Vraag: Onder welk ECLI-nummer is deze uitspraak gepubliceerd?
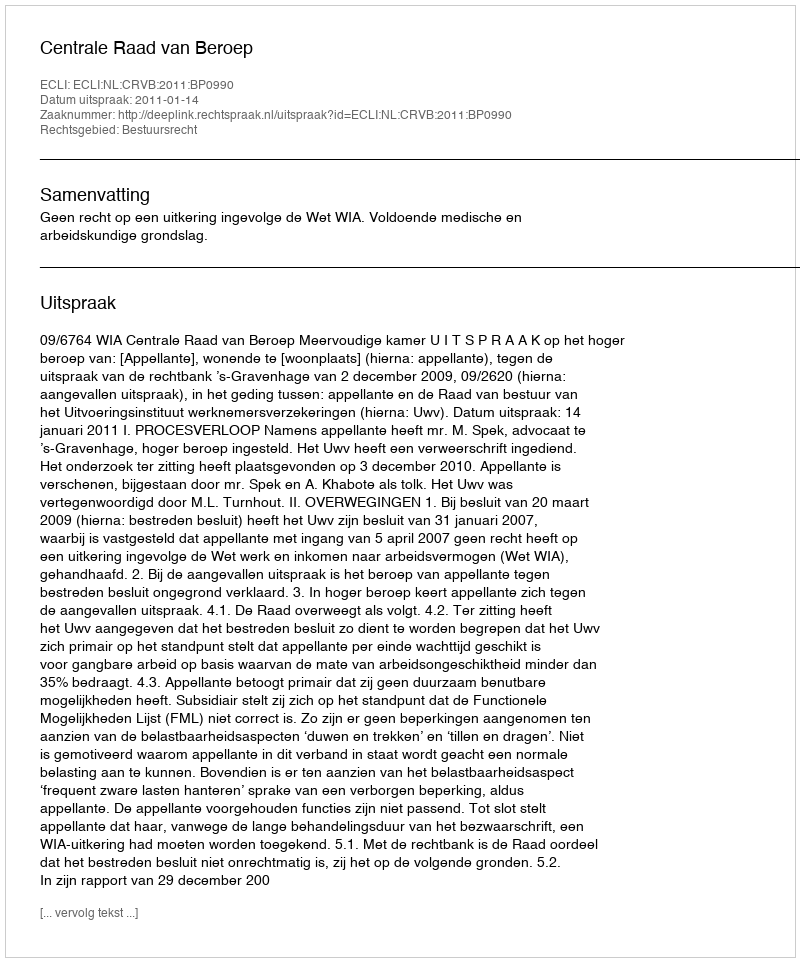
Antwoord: ECLI:NL:CRVB:2011:BP0990